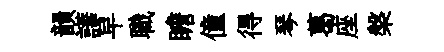
韻譁早職瞻僮得琴葛座槃